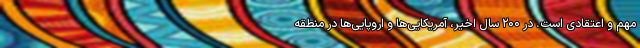
مهم و اعتقادی است. در ۲۰۰ سال اخیر، آمریکایی‌ها و اروپایی‌ها در منطقه